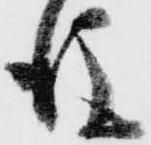
後